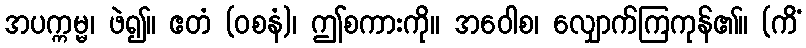
အပက္ကမ္မ၊ ဖဲ၍။ ဧတံ (ဝစနံ)၊ ဤစကားကို။ အဝေါစ၊ လျှောက်ကြကုန်၏။ (ကိံ